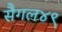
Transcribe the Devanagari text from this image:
सैगल४९